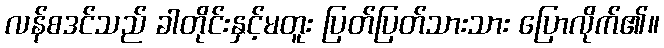
လန်စဒင်သည် ခါတိုင်းနှင့်မတူး ပြတ်ပြတ်သားသား ပြောလိုက်၏။